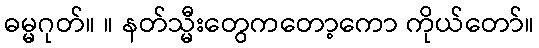
ဓမ္မဂုတ်။ ။ နတ်သ္မီးတွေကတော့ကော ကိုယ်တော်။